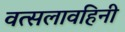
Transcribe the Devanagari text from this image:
वत्सलावहिनी